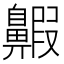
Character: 𪖲